Necessitous school children, 1924
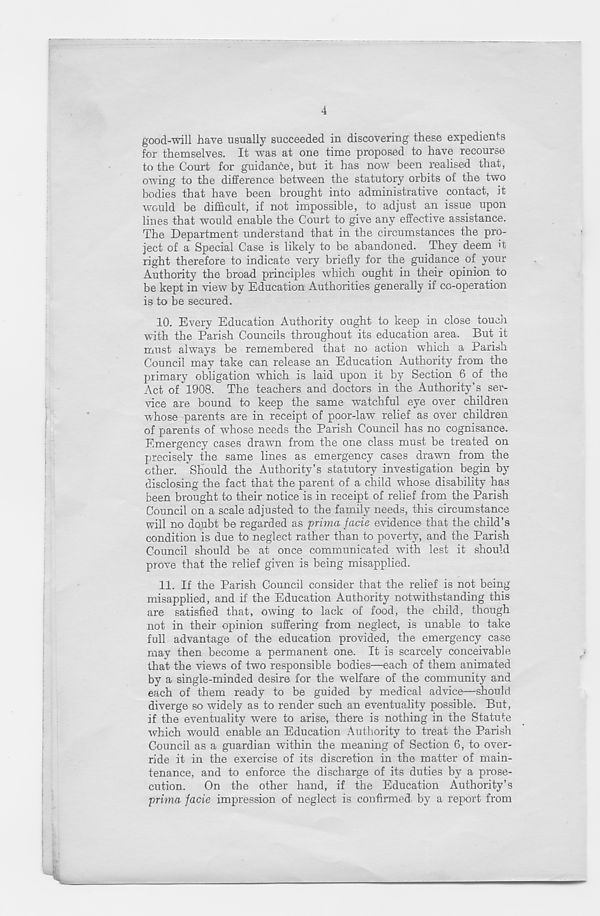
4
good-will have usually succeeded in discovering these expedients
for themselves. It was at one time proposed to have recourse
to the Court for guidance, but it has now been realised that,
owing to the difference between the statutory orbits of the two
bodies that have been brought into administrative contact, It
would be difficult, if not impossible, to adjust an issue upon
lines that would enable the Court to give any effective assistance.
The Department understand that in the circumstances the pro-
ject of a Special Case is likely to be abandoned. They deem it
right therefore to indicate very briefly for the guidance of your
Authority the broad principles which ought in their opinion to
be kept in view by Education Authorities generally if co-operation
is to be secured.
10. Every Education Authority ought to keep in close toucli
with the Parish Councils throughout its education area. But it
must always be remembered that no action which a Parish
Council may take can release an Education Authority from the
primary obligation which is laid upon it by Section 6 of the
Act of 1908. The teachers and doctors in the Authority’s ser-
vice are bound to keep the same watchful eye over children
whose parents are in receipt of poor-law relief as over children
of parents of whose needs the Parish Council has no cognisance.
Emergency cases drawn from the one class must be treated on
precisely the same lines as emergency cases drawn from the
other. Should the Authority’s statutory investigation begin by
disclosing the fact that the parent of a child whose disability has
been brought to their notice is in receipt of relief from the Parish
Council on a scale adjusted to the family needs, this circumstance
will no doubt be regarded as prima facie evidence that the child’s
condition is due to neglect rather than to poverty, and the Parish
Council should be at once communicated with lest it should
prove that the relief given is being misapplied.
11. If the Parish Council consider that the relief is not being
misapplied, and if the Education Authority notwithstanding this
are satisfied that, owing to lack of food, the child, though
not in their opinion suffering from neglect, is unable to take
full advantage of the education provided, the emergency case
may then become a permanent one. It is scarcely conceivable
that the views of two responsible bodies—each of them animated
by a single-minded desire for the welfare of the community and
each of them ready to be guided by medical advice—should
diverge so widely as to render such an eventuality possible. But,
if the eventuality were to arise, there is nothing in the Statute
which would enable an Education Authority to treat the Parish
Council as a guardian within the meaning of Section 6, to over-
ride it in the exercise of its discretion in the matter of main-
tenance, and to enforce the discharge of its duties by a prose-
cution. On the other hand, if the Education Authority’s
prima facie impression of neglect is confirmed by a report from